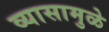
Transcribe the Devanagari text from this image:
व्यासामुळे